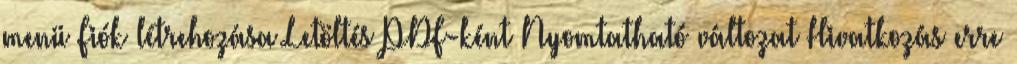
menü Fiók létrehozása Letöltés PDF-ként Nyomtatható változat Hivatkozás erre